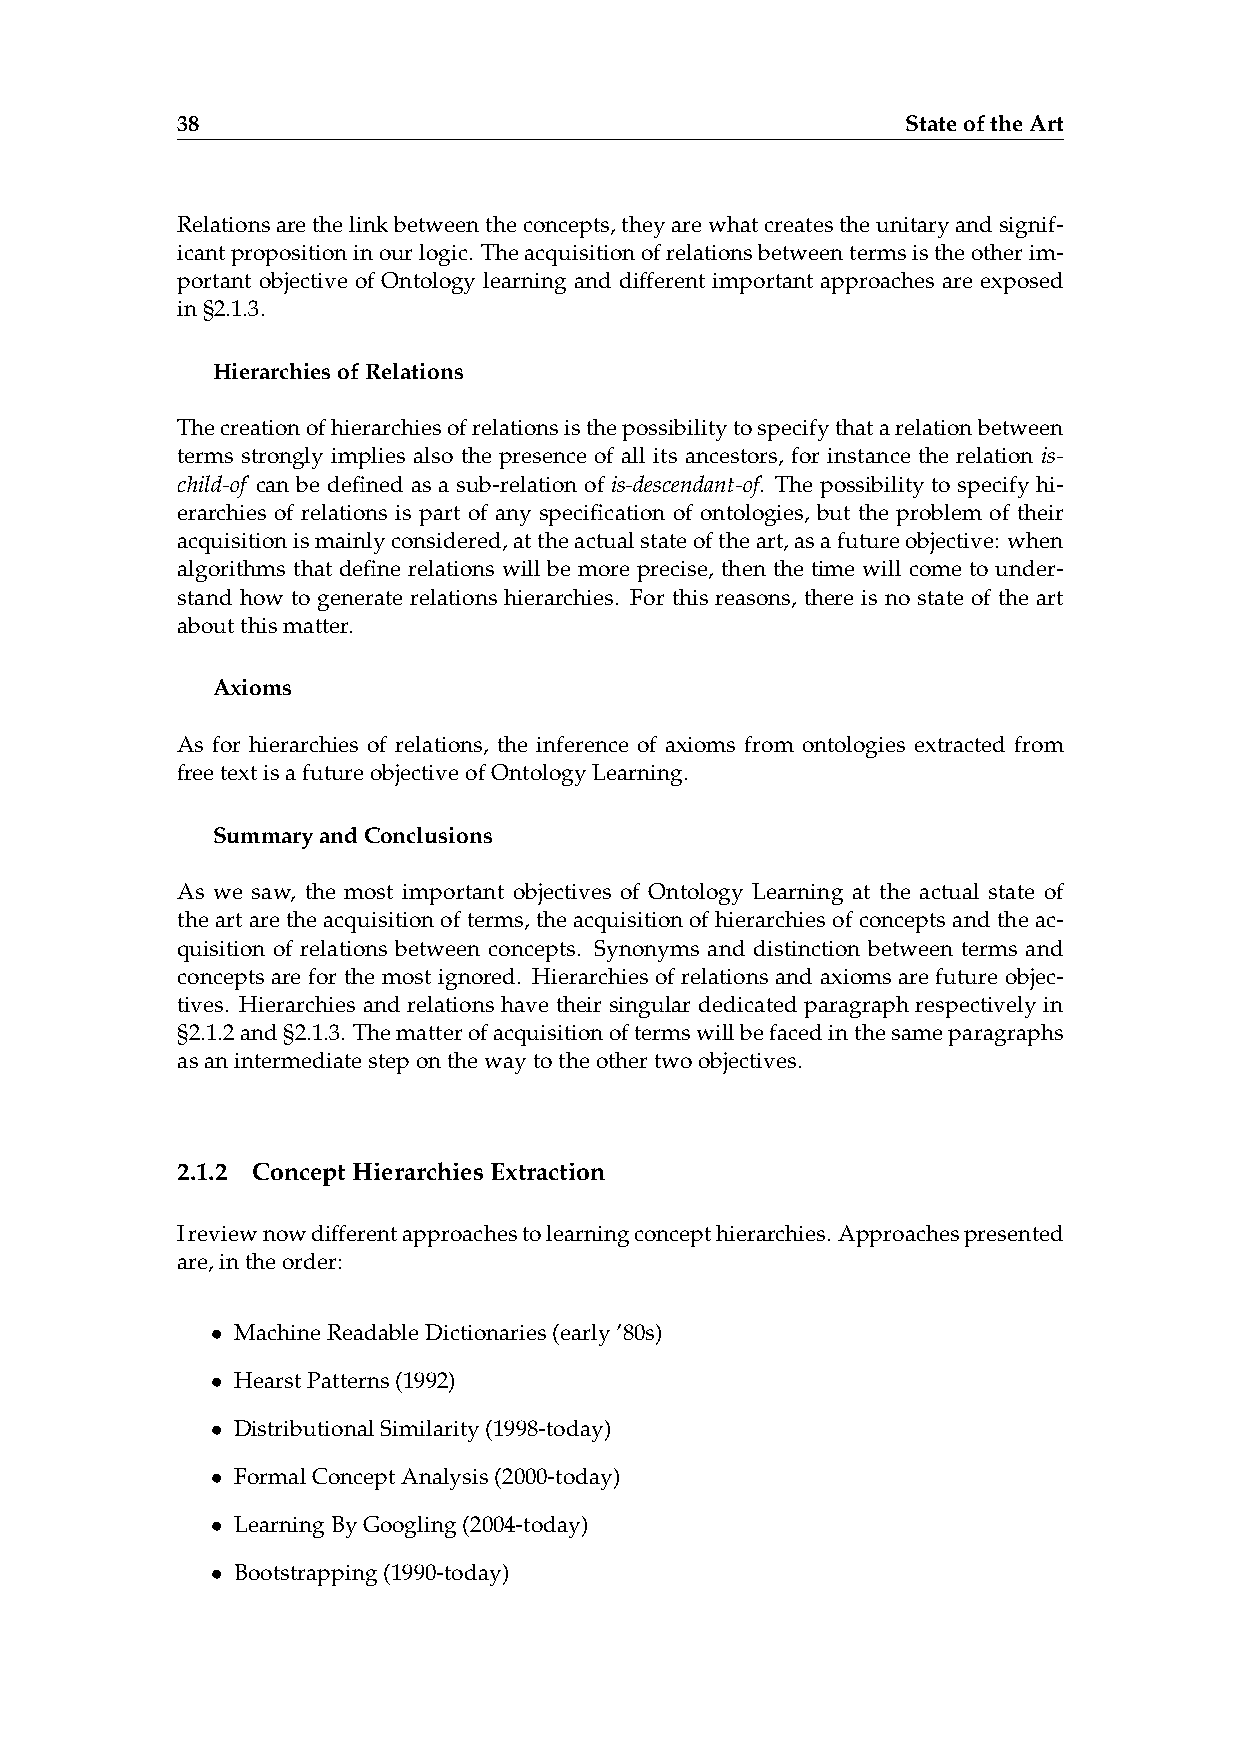
38                                              StateoftheArt
 Relationsarethelinkbetweentheconcepts,theyarewhatcreatestheunitaryandsignif-
 icantpropositioninourlogic. Theacquisitionofrelationsbetweentermsistheotherim-
 portant objective of Ontology learning and different important approaches are exposed
 in§2.1.3.
 HierarchiesofRelations
 Thecreationofhierarchiesofrelationsisthepossibilitytospecifythatarelationbetween
 terms strongly implies also the presence of all its ancestors, for instance the relation is-
 child-of can be defined as a sub-relation of is-descendant-of. The possibility to specify hi-
 erarchies of relations is part of any specification of ontologies, but the problem of their
 acquisitionismainlyconsidered,attheactualstateoftheart,asafutureobjective: when
 algorithms that define relations will be more precise, then the time will come to under-
 stand how to generate relations hierarchies. For this reasons, there is no state of the art
 aboutthismatter.
 Axioms
 As for hierarchies of relations, the inference of axioms from ontologies extracted from
 freetextisafutureobjectiveofOntologyLearning.
 SummaryandConclusions
 As we saw, the most important objectives of Ontology Learning at the actual state of
 theartaretheacquisitionofterms, theacquisitionofhierarchiesofconceptsandtheac-
 quisition of relations between concepts. Synonyms and distinction between terms and
 concepts are for the most ignored. Hierarchies of relations and axioms are future objec-
 tives. Hierarchies and relations have their singular dedicated paragraph respectively in
 §2.1.2and§2.1.3. Thematterofacquisitionoftermswillbefacedinthesameparagraphs
 asanintermediatesteponthewaytotheothertwoobjectives.
 2.1.2 ConceptHierarchiesExtraction
 Ireviewnowdifferentapproachestolearningconcepthierarchies. Approachespresented
 are,intheorder:
 • MachineReadableDictionaries(early’80s)
 • HearstPatterns(1992)
 • DistributionalSimilarity(1998-today)
 • FormalConceptAnalysis(2000-today)
 • LearningByGoogling(2004-today)
 • Bootstrapping(1990-today)